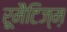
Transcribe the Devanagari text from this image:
रूमैटिज्म़